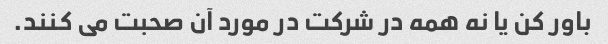
باور کن یا نه همه در شرکت در مورد آن صحبت می کنند.